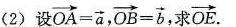
(2)设 $$\overrightarrow { O A } = \overrightarrow { a }$$, $$\overrightarrow { O B } = \overrightarrow { b }$$ 求 \overrightarrow { O E }.